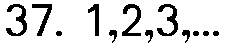
37. 1,2,3,...